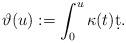
LaTeX: \begin{align*}\vartheta(u):=\int_0^u\kappa(t)\d t.\end{align*}